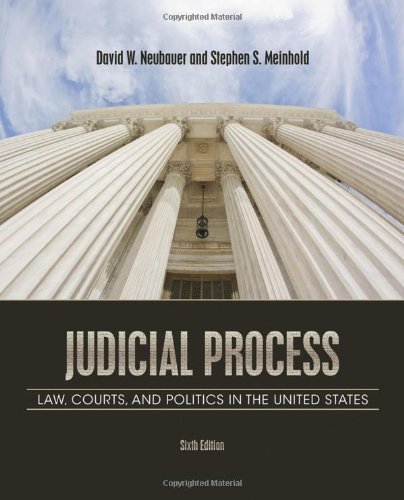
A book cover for Judicial Process: Law, Courts, and Politics in the United States; David W. Neubauer; Law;